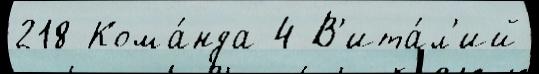
218 Кома́нда 4 В'ита́л'ий